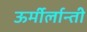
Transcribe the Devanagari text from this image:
ऊर्मीर्लान्ती